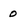
Character: 0